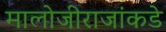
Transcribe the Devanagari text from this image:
मालोजीराजांकडे